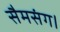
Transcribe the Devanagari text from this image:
सैमसंग।